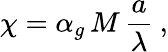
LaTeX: \chi=\alpha_{g}\, M\, \frac{a}{\lambda}\: ,